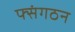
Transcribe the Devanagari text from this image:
फ्संगठन